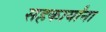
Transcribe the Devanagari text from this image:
सहकार्यांना